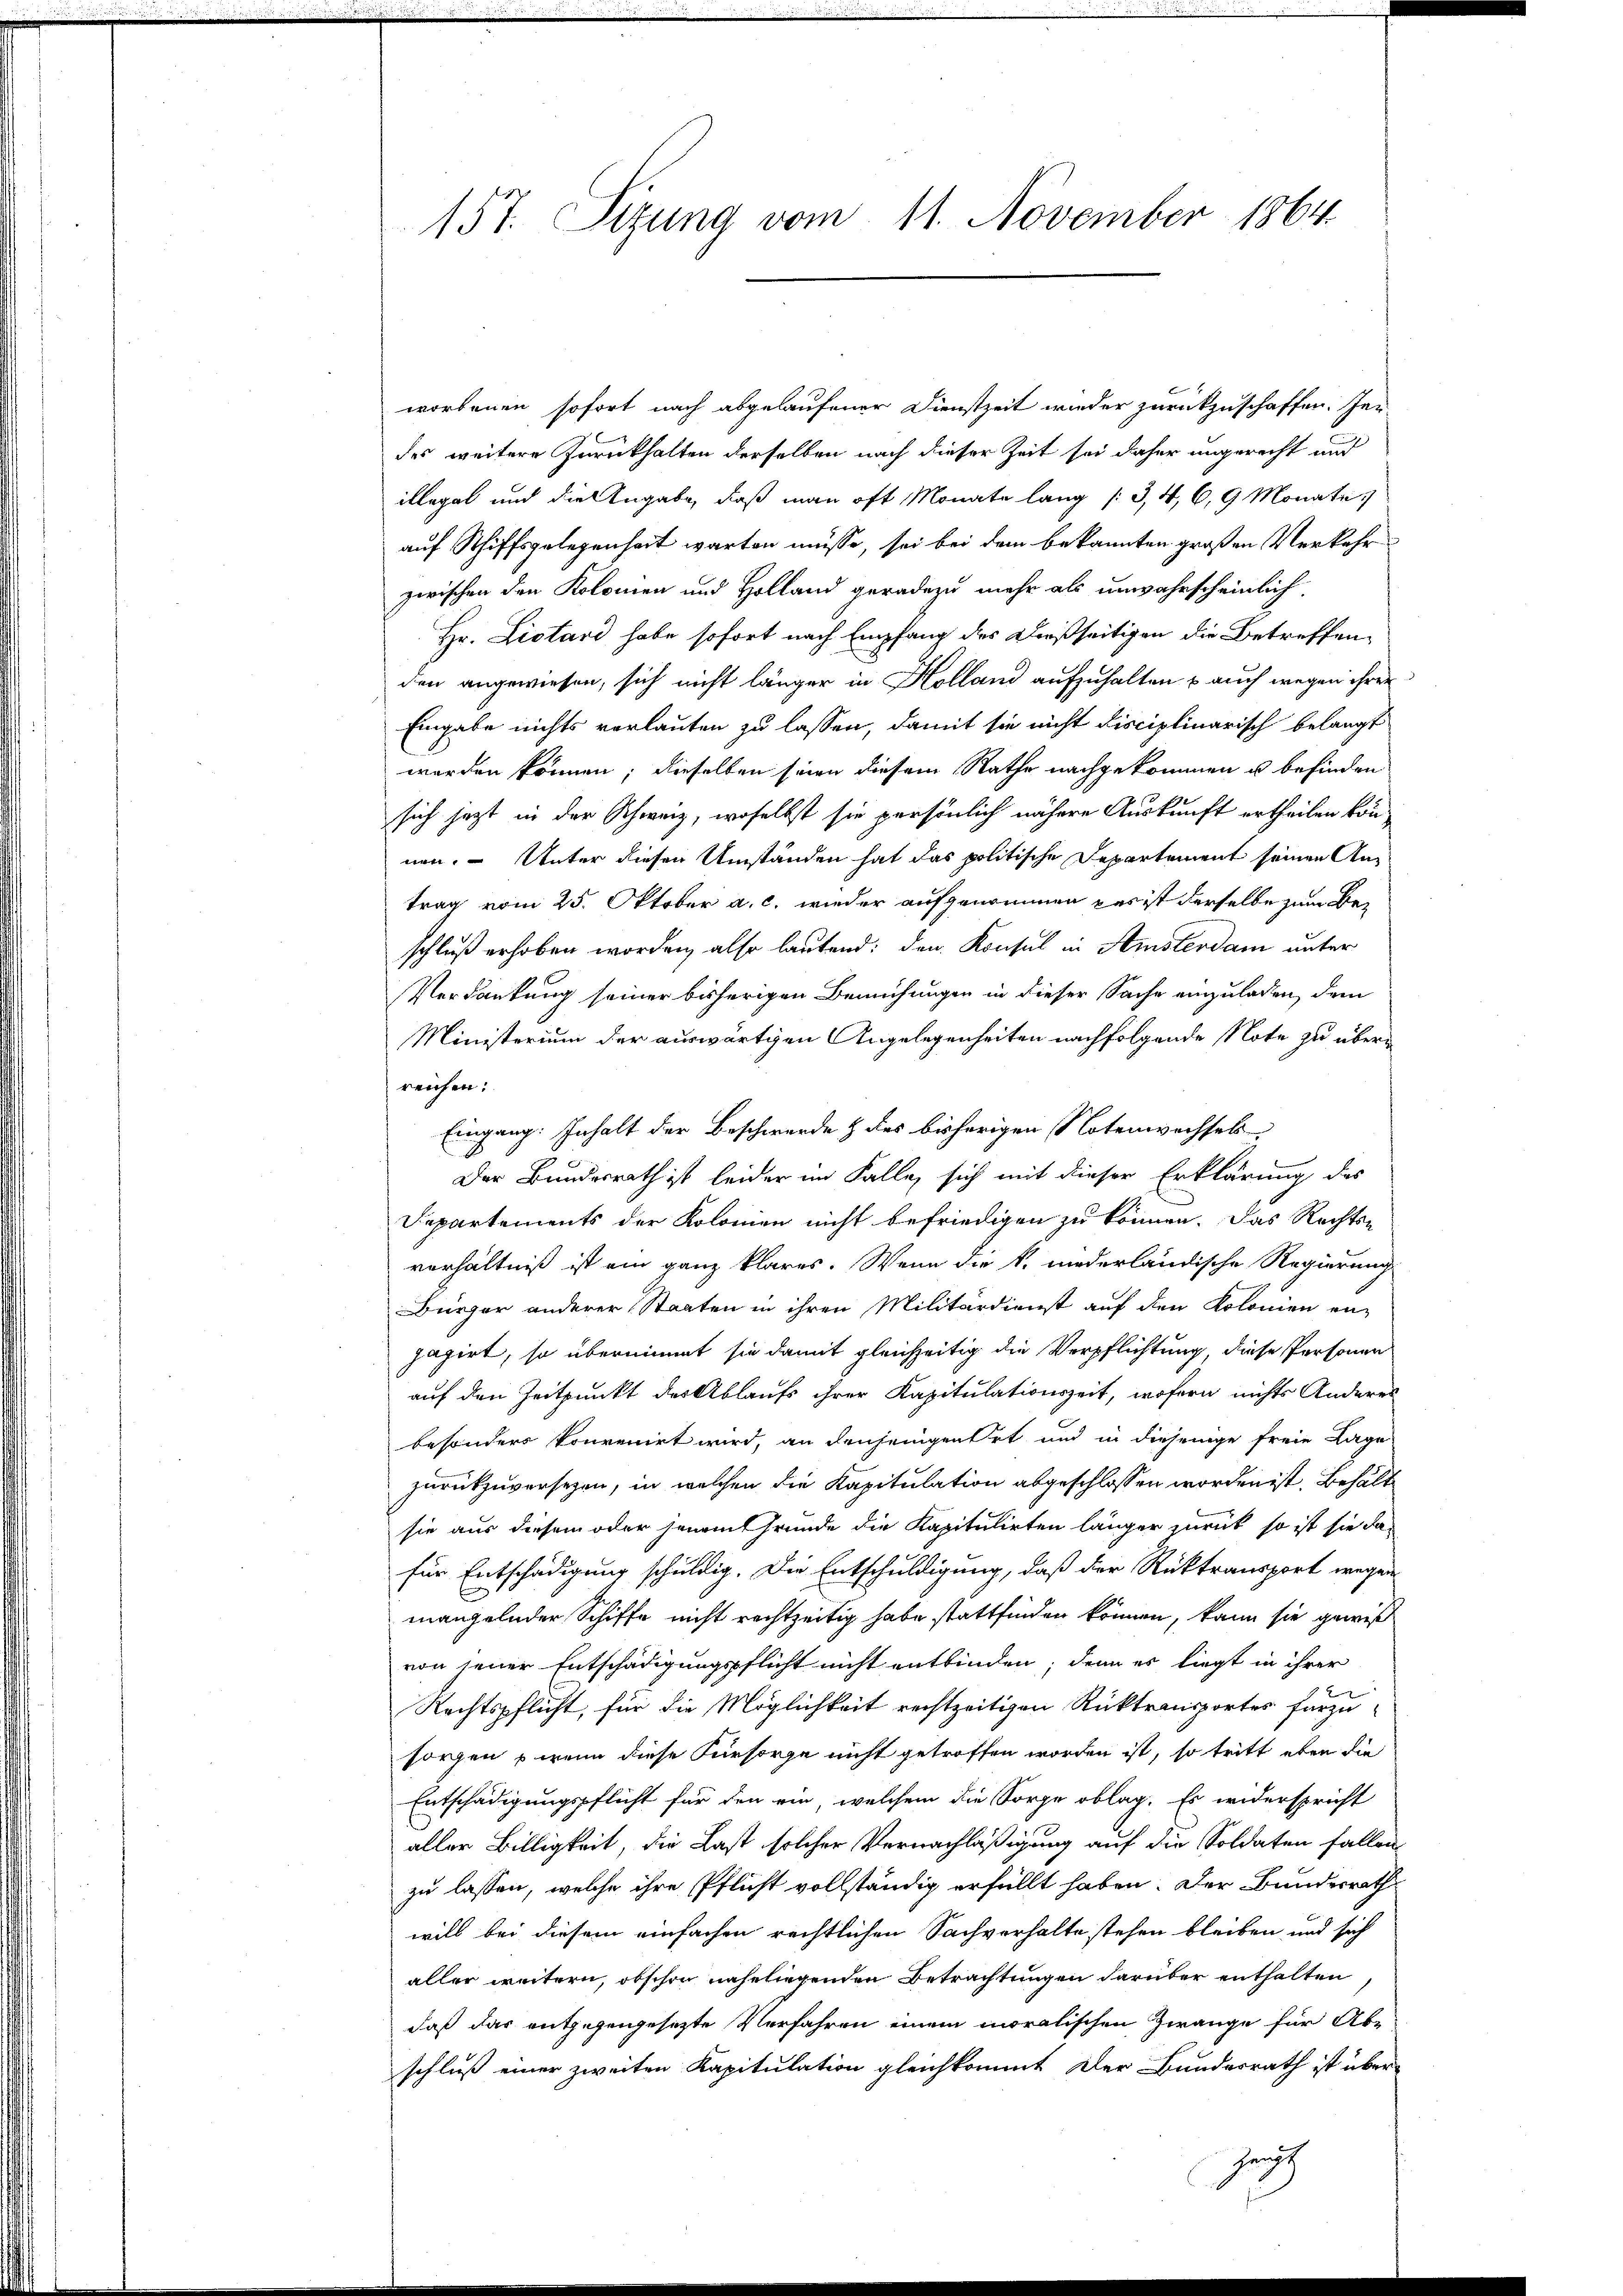
157. Sitzung vom 11. November 1864

worbenen sofort nach abgelaufener Dienstzeit wieder zurückzuschaffen. Jen
des weitere Zurückhalten derselben nach dieser Zeit sei daher ungerecht und
illegal und die Angabe, daß man oft Monate lang / 3, 4, 6, 9 Monate
auf Schiffsgelegenheit warten müsse, sei bei dem bekannten großen Verkehr
zwischen den Kolomen und Holland geradezu mehr als unwahrscheinlich
Hr. Listard habe sofort nach Empfang des Dießseitigen die Betreffenden angewiesen, sich nicht länger in Kolland aufzuhalten & auch wegen ihrer
Eingabe nichts verlauten zu lassen, damit sie nicht disciplinarisch belangt
werden können; dieselben seien diesem Rathe nachgekommen u befinden
sich jetzt in der Schweiz, woselbst sie persönlich nähere Auskunft ertheilen können. - Unter diesen Umständen hat das politische Departement seinen Antrag vom 25. Oktober a. c. wieder aufgenommen das ist derselbe zum Beschluß erhoben worden, also lautend: den Konsul in Amsterdam unter
Verdankung seiner bisherigen Bemühungen in dieser Sache einzuladen, dem
Ministerium der auswärtigen Angelegenheiten nachfolgende Note zu überreichen.
Eingang: Inhalt der Beschwerde & des bisherigen Notenwechsel,
Der Bundesrath ist leider im Falle sich mit dieser Erklärung des
Departements der Kolonien nicht befriedigen zu können. Das Rechten
verhältniß ist ein ganz klares. Wenn die k. niederländische Regierung
Bürger anderer Staaten in ihren Militärdienst auf den Kolonien enjagirt, so übernimmt sie damit gleichzeitig die Verpflichtung, diese Personen
auf den Zeitpunkt der Ablaufs ihrer Kapitulationszeit, wofern nichts Anderes
besonders konvenirt wird, an denjenigen Ort und in diejenige freie Lage
zurückzuversezen, in welchen die Kapitulation abgeschlossen worden ist. Behält
sie aus diesem oder jenem Grunde die Kapitulirten länger zurück, so ist sie da-
für Entschädigung schuldig. Die Entschuldigung, daß der Rücktransport wegen
mangelnder Schiffe nicht rechtzeitig habe stattfinden können, kann sie gewiß
von jener Entschädigungspflicht nicht entbinden, denn es liegt in ihrer
Rechtspflicht, für die Möglichkeit rechtzeitigen Rücktransportes fürzu-
sorgen & wenn diese Fürsorge nicht getroffen worden ist, so tritt eben die
Entschädigungspflicht für den ein, welchem die Sorge oblag. Es widerspricht
aller Billigkeit, die Last solcher Vernachläßigung auf die Soldaten fallen
zu lassen, welche ihre Pflicht vollständig erfüllt haben. Der Bundesrath
will bei diesem einfachen rechtlichen Sachverhalte stehen bleiben und sich
aller weitern, obschon naheliegenden Betrachtungen darüber enthalten,
daß das entgegengesetzte Verfahren einem moralischen Zwange für Ab-
schluß einer zweiten Kapitulation gleichkommt der Bundesrath ist über
Gerich